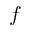
\boldsymbol { f }